Kures,_Voldemar, lk 136
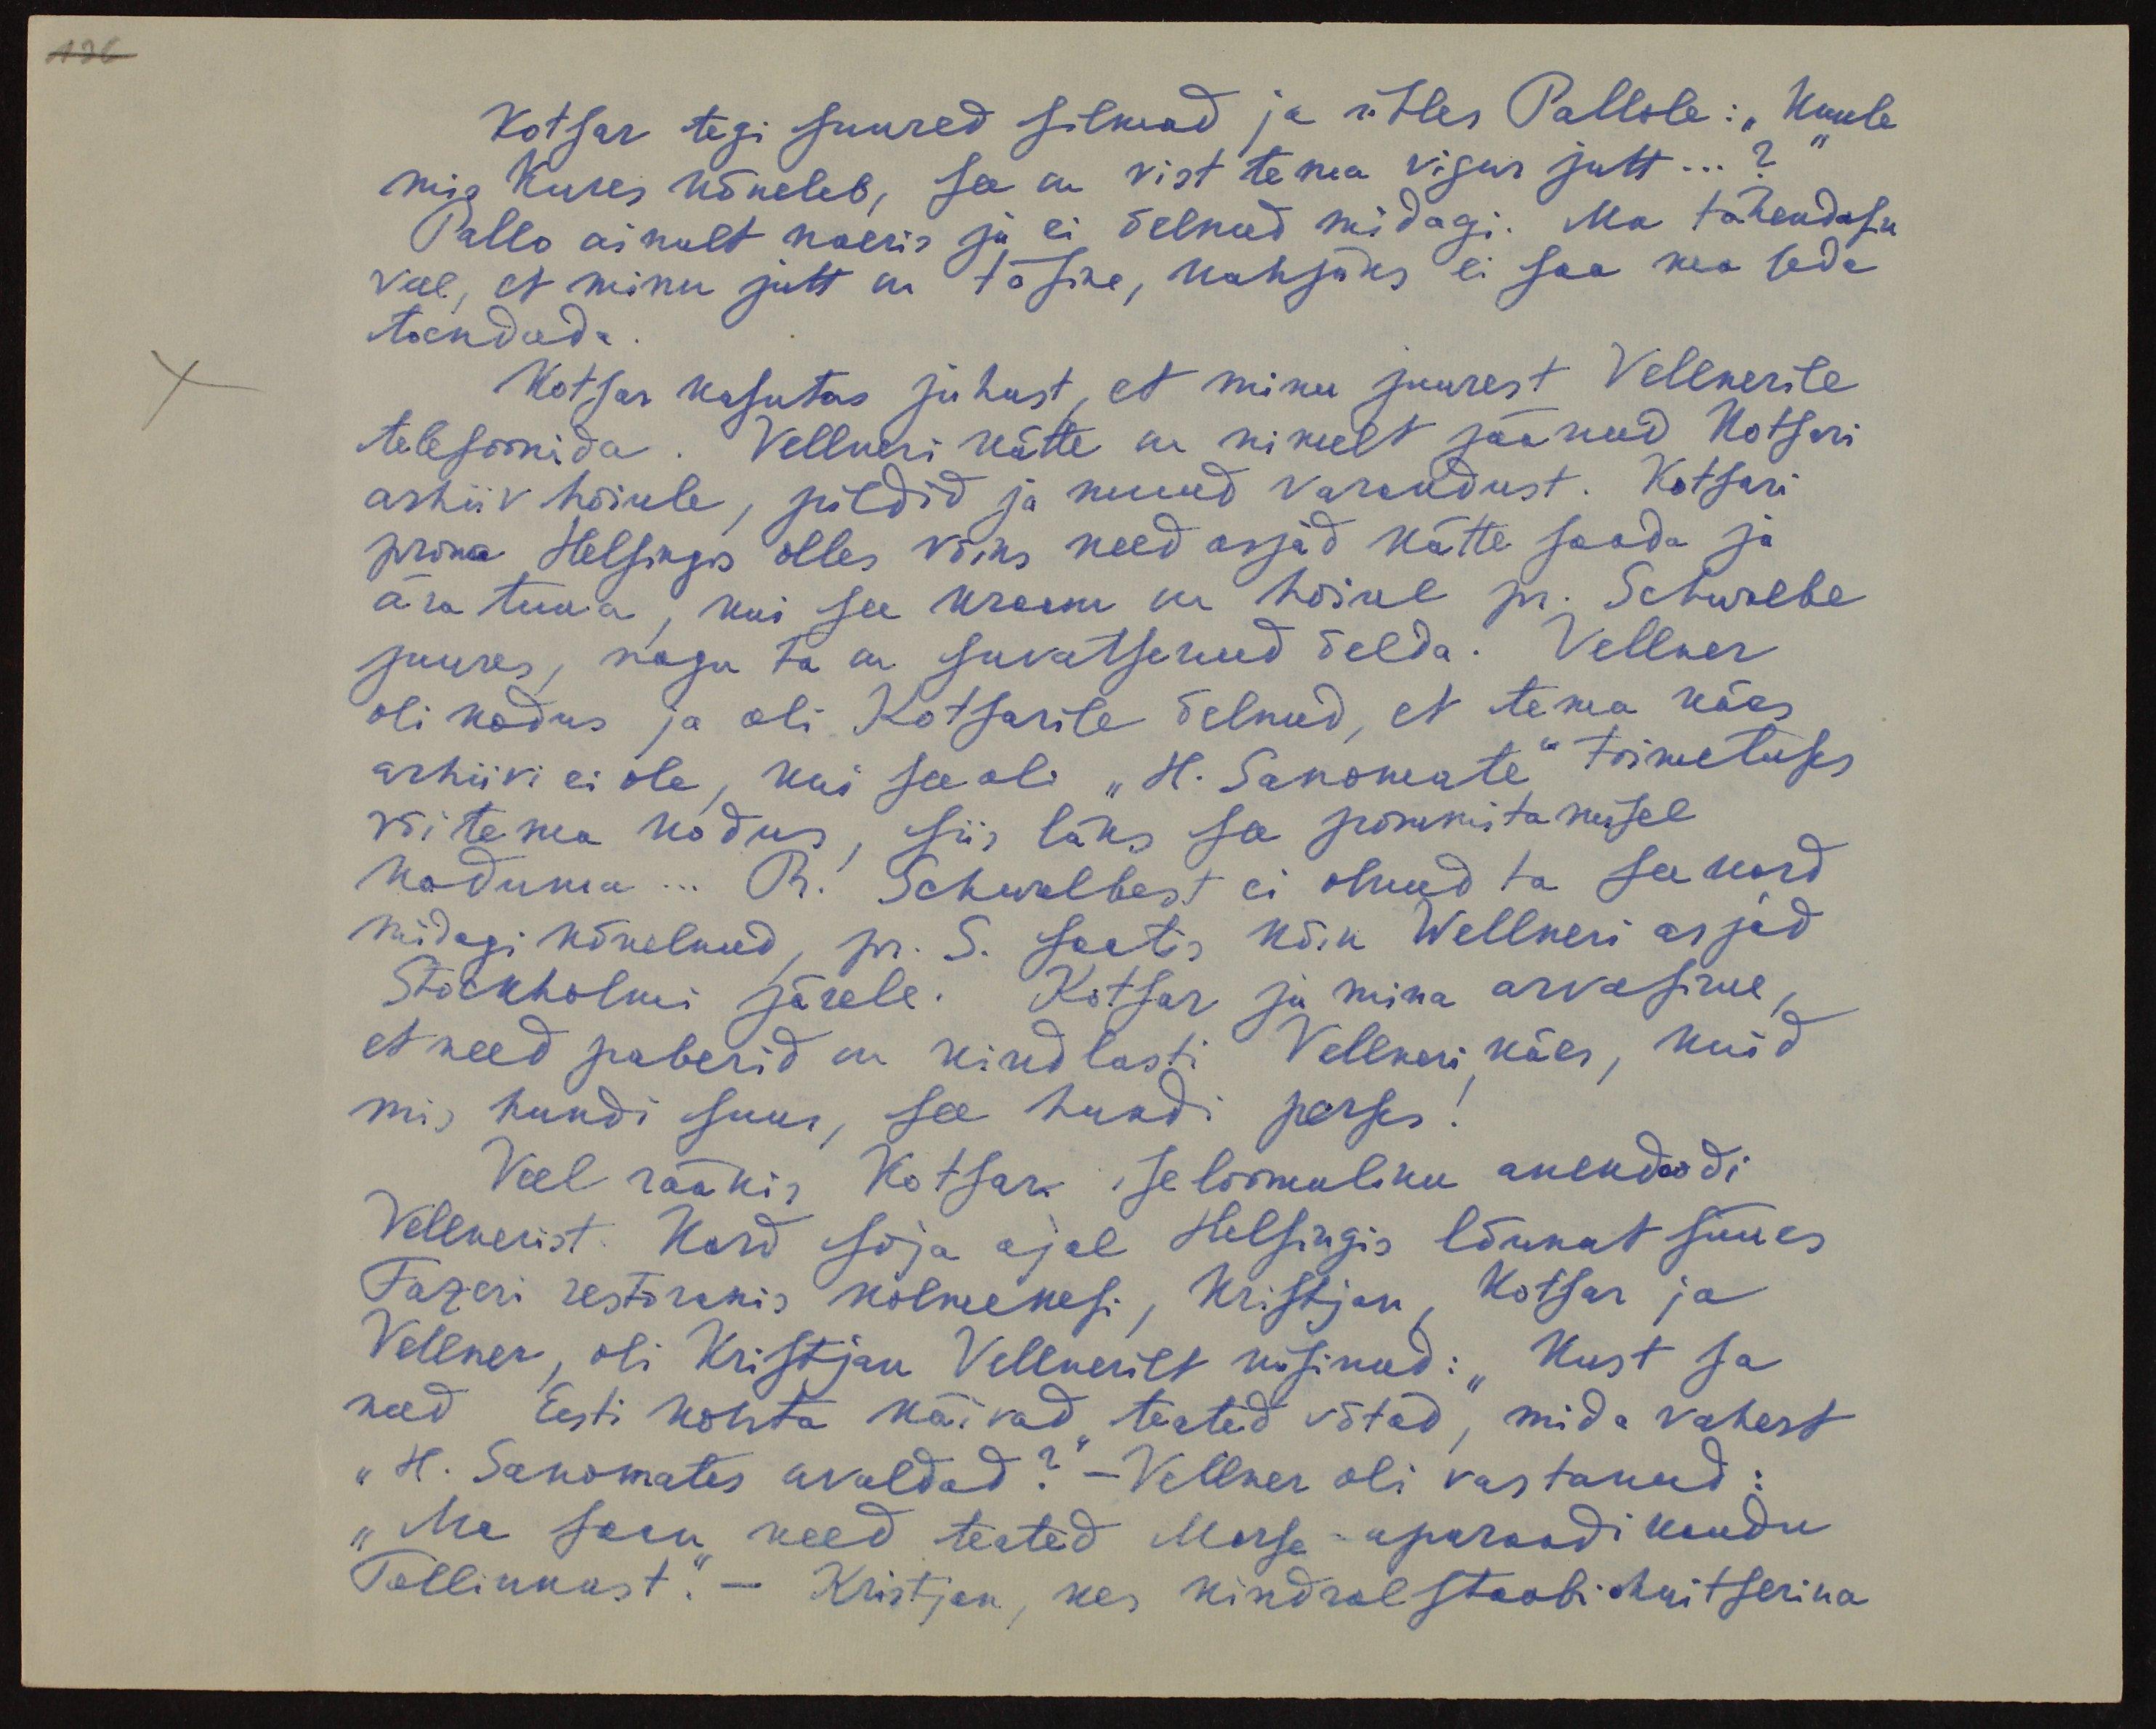
136

Kotsar tegi suured silmad ja ütles Pallole: "Kuule
mis Kures kõneleb, see on vist tema vigur jutt...?“
Pallo ainult naeris ja ei öelnud midagi. Ma tähendasin
veel, et minu jutt on tõsine, kahjuks ei saa ka seda
toendada.
Kotsar kasutas juhust, et minu juurest Vellnerile
telefoonida. Vellneri kätte on nimelt jäänud Kotsari
arhiiv hoiule, pildid ja muud varandust. Kotsari
proua Helsingis olles võiks need asjad kätte saada ja
ära tuua, kui see kraam on hoiul pr. Schuzebe
juures, nagu ta on suvatsenud öelda. Vellner
oli kodus ja oli Kotsarile öelnud, et tema käes
arhiivi ei ole, kui see oli "H. Sanomate" toimetuses
või tema kodus, siis läks see pommitamisel
kaduma... R. Schwalbest ei olnud ta see kord
midagi kõnelnud, pr. S. saatis kõik Wellneri asjad
Stockholmi järele. Kotsar ja mina arvasime,
et need paberid on kindlasti Vellneri käes, kuid
mis hundi suus, see hundi perses
Veel rääkis, Kotsar iseloomuliku anekdoodi
Vellnerist. Kord sõja ajal Helsingis lõunat süües
Fazeri restoranis kolmekesi, Kristjan, Kotsar ja
Vellner, oli Kristjan Vellnerilt küsinud: "Kust sa
need Eesti kohta käivad teated võtad, mida vahest
"H. Sanomates avaldad?" - Vellner oli vastanud:
„Ma saan need teated Morse-aparaadi kaudu
Tallinnast." - Kristjan, kes kindralstaabi ohvitserina